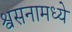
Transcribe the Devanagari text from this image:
श्वसनामध्ये